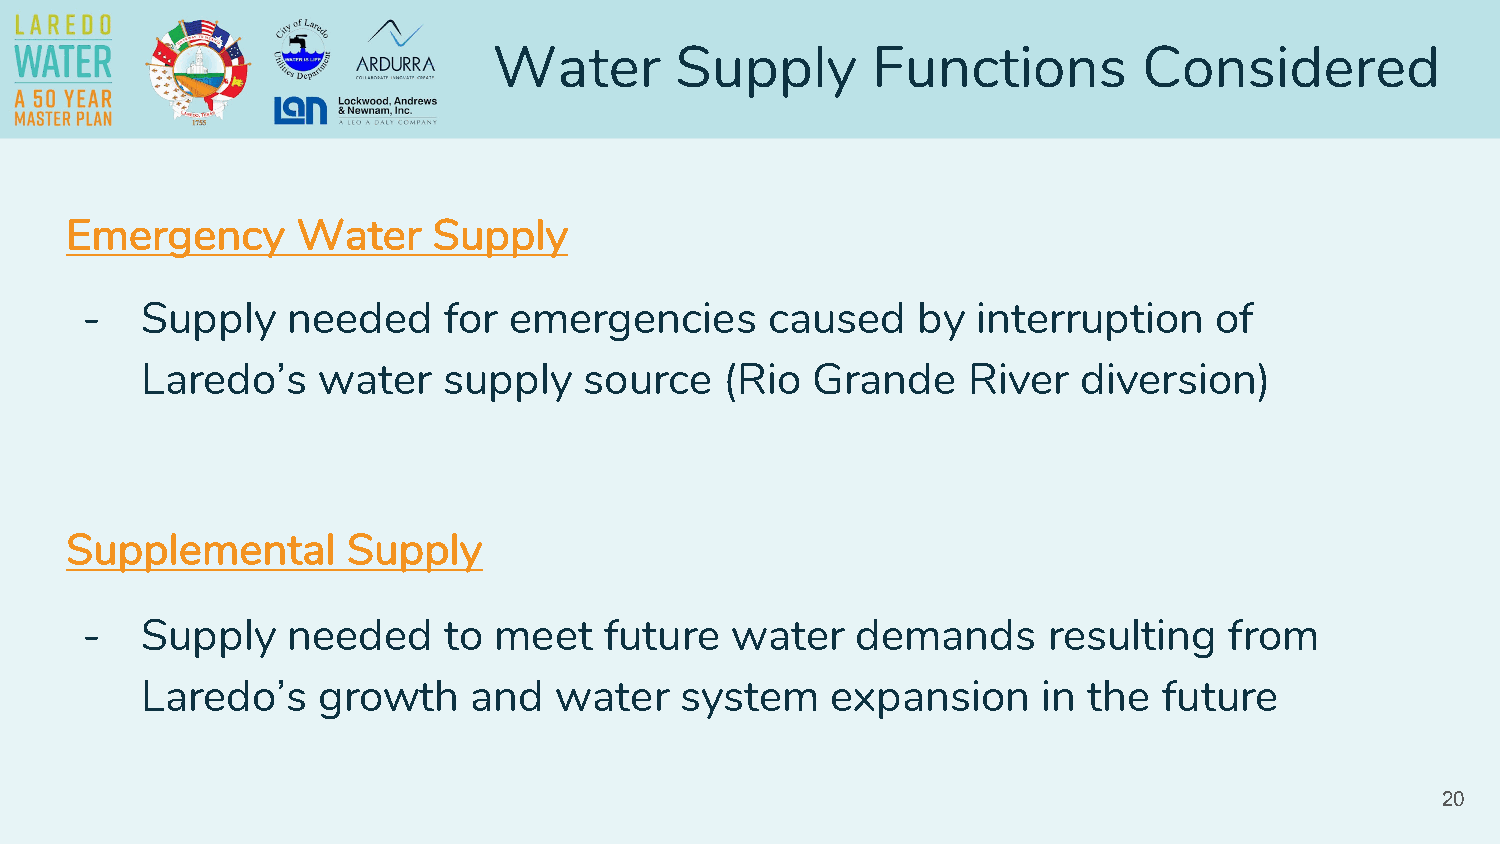
Water       Supply       Functions         Considered
 Emergency       Water    Supply
 -   Supply    needed    for  emergencies      caused    by  interruption   of
 Laredo’s    water   supply    source   (Rio  Grande    River   diversion)
 Supplemental       Supply
 -   Supply    needed    to  meet   future  water    demands     resulting   from
 Laredo’s    growth    and   water   system    expansion     in the  future
 20